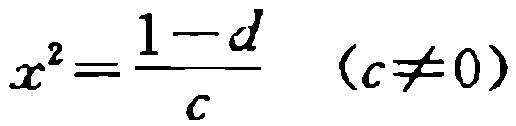
\(x^{2}=\frac{1 - d}{c}\quad(c\neq0)\)